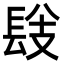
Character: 𨱹